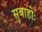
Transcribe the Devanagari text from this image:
सुबाहोः